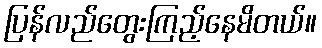
ပြန်လည်တွေးကြည့်နေမိတယ်။